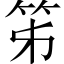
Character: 笫